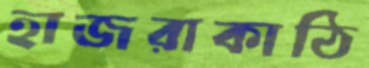
হাজরাকাঠি